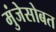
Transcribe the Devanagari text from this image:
मुंजेसोबत